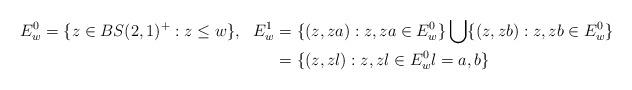
LaTeX: \begin{align*}E_w^0 &= \{ z \in BS(2,1)^+ : z \le w\},&E_w^1 &= \{(z, z a): z, za \in E_w^0\} \bigcup \{(z, z b): z, zb \in E_w^0\} \\&&&= \{(z, z l): z, z l \in E_w^0 l = a,b\} \end{align*}